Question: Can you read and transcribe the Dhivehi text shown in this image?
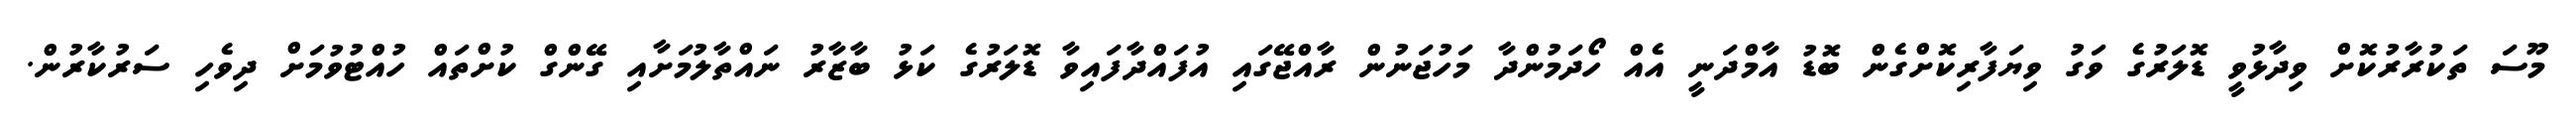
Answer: މޫސަ ތަކުރާރުކޮށް ވިދާޅުވީ ޑޮލަރުގެ ވަގު ވިޔަފާރިކޮށްގެން ބޮޑު އާމްދަނީ އެއް ހޯދަމުންދާ މަހުޖަނުން ރާއްޖޭގައި އުފައްދާފައިވާ ޑޮލަރުގެ ކަޅު ބާޒާރު ނައްތާލުމަށާއި ގޭންގް ކުށްތައް ހުއްޓުވުމަށް ދިވެހި ސަރުކާރުން.